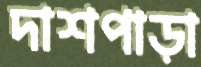
দাশপাড়া